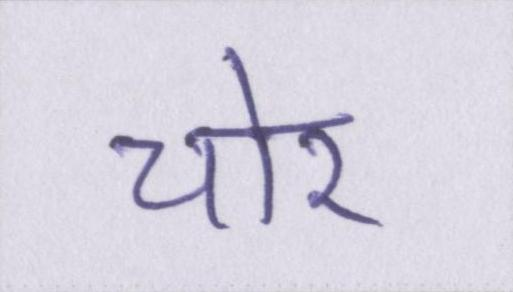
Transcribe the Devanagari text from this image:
चोर